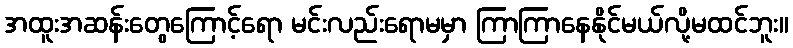
အထူးအဆန်းတွေကြောင့်ရော မင်းလည်းရောမမှာ ကြာကြာနေနိုင်မယ်လို့မထင်ဘူး။